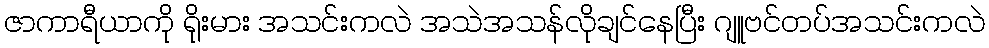
ဇာကာရီယာကို ရိုးမား အသင်းကလဲ အသဲအသန်လိုချင်နေပြီး ဂျူဗင်တပ်အသင်းကလဲ